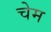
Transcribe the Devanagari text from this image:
चेम